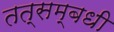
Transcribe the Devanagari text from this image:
तत्सम्बधी